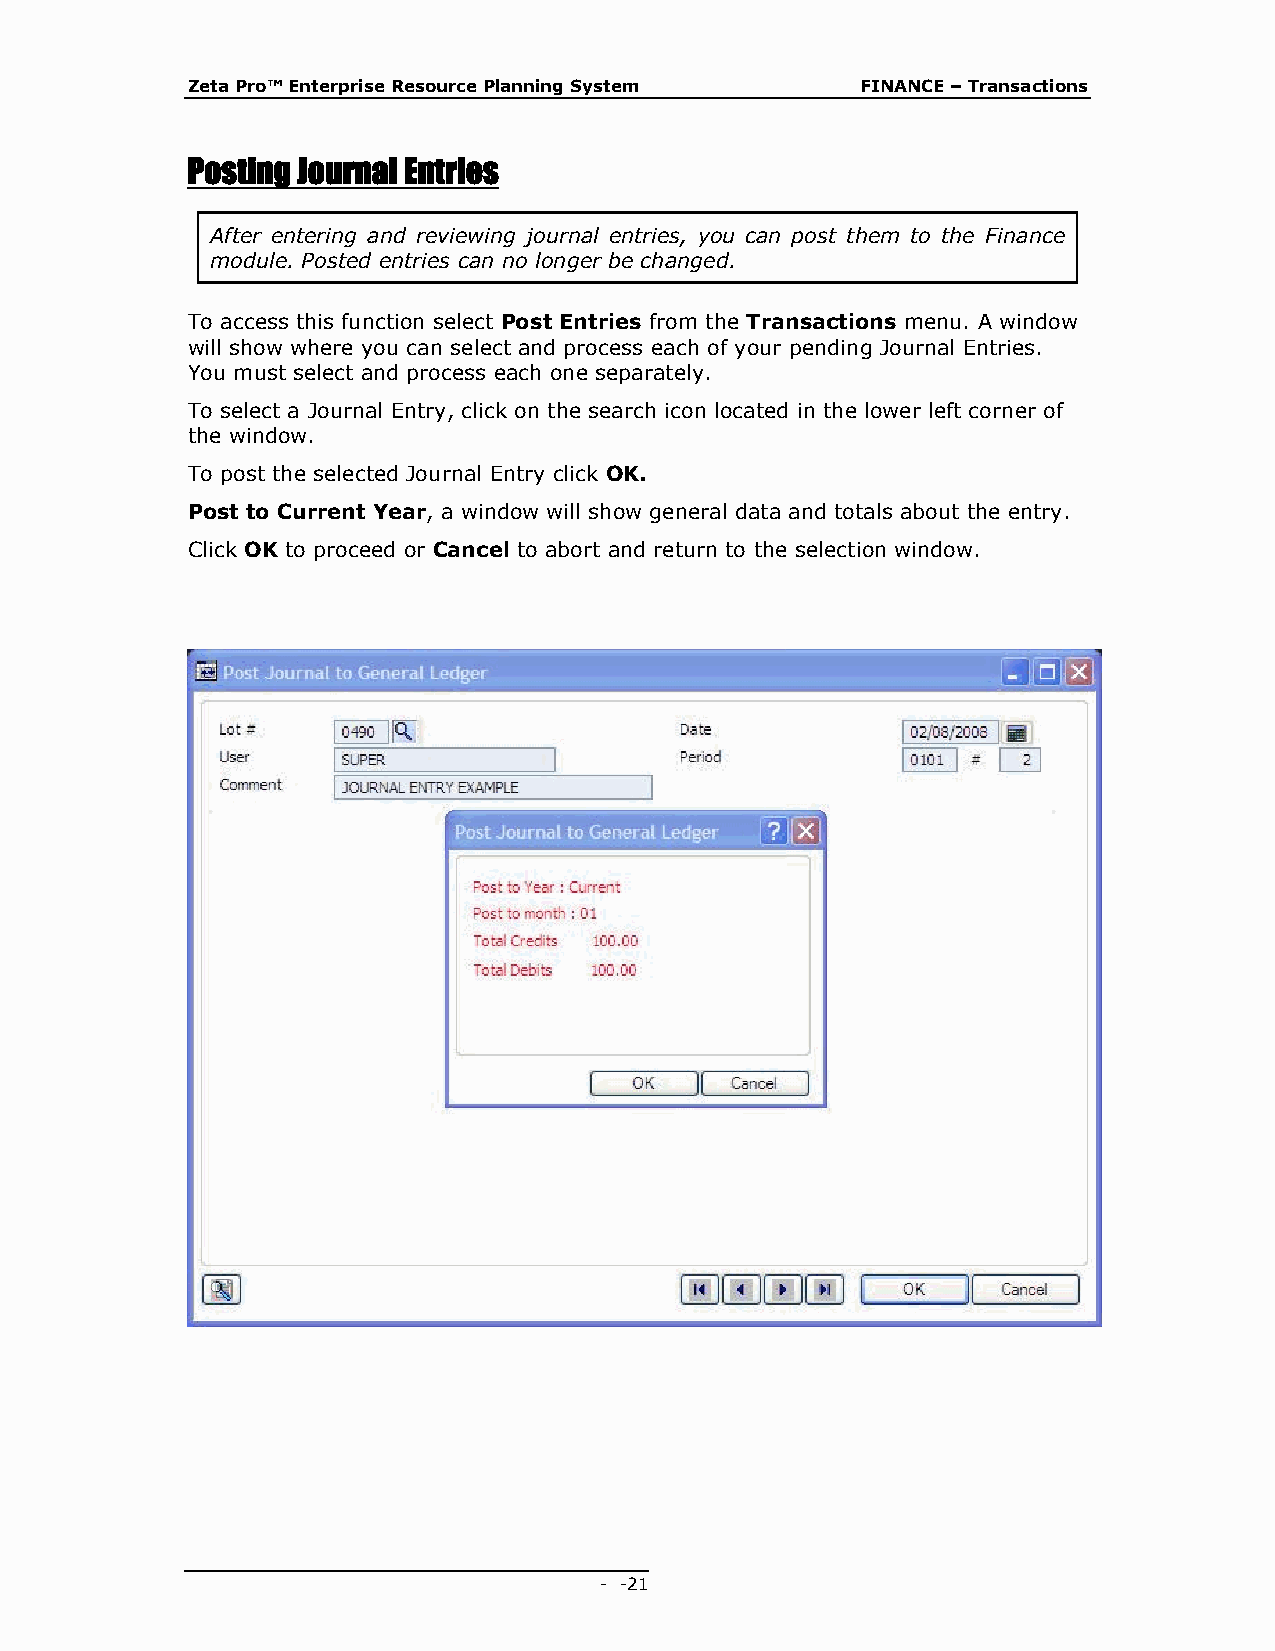
Zeta Pro™ Enterprise Resource Planning System FINANCE – Transactions
 Posting Journal Entries
 After entering and reviewing journal entries, you can post them to the Finance
 module. Posted entries can no longer be changed.
 To access this function select Post Entries from the Transactions menu. A window
 will show where you can select and process each of your pending Journal Entries.
 You must select and process each one separately.
 To select a Journal Entry, click on the search icon located in the lower left corner of
 the window.
 To post the selected Journal Entry click OK.
 Post to Current Year, a window will show general data and totals about the entry.
 Click OK to proceed or Cancel to abort and return to the selection window.
 - - 21